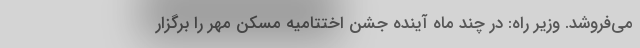
می‌فروشد. وزیر راه: در چند ماه آینده جشن اختتامیه مسکن مهر را برگزار